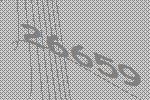
26659